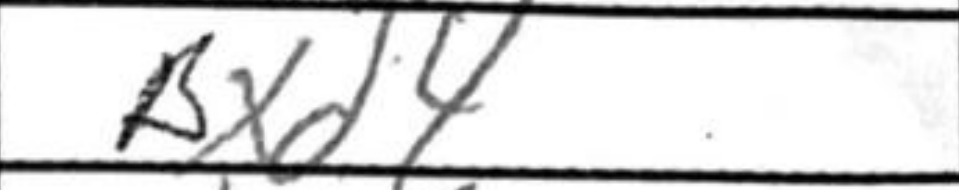
Transcription: Bxd4